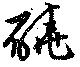
磽